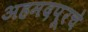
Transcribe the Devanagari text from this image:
अहमदपूरचे